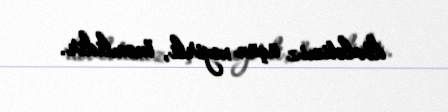
dövlətimiz üçün xeyirli, önəmlidir.